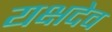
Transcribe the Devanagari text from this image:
यक्षदेव